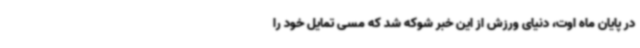
در پایان ماه اوت، دنیای ورزش از این خبر شوکه شد که مسی تمایل خود را